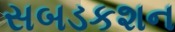
સબડકશન